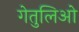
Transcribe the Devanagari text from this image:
गेतुलिओ